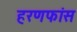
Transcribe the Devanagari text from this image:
हरणफांस